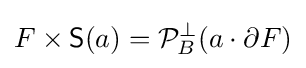
F\times {\mathsf {S}}(a)={\mathcal {P}}_{B}^{\perp }(a\cdot \partial F)